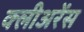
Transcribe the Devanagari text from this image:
क्लीअरेंस